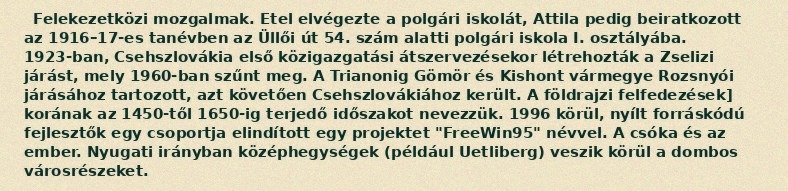
Felekezetközi mozgalmak. Etel elvégezte a polgári iskolát, Attila pedig beiratkozott az 1916–17-es tanévben az Üllői út 54. szám alatti polgári iskola I. osztályába. 1923-ban, Csehszlovákia első közigazgatási átszervezésekor létrehozták a Zselizi járást, mely 1960-ban szűnt meg. A Trianonig Gömör és Kishont vármegye Rozsnyói járásához tartozott, azt követően Csehszlovákiához került. A földrajzi felfedezések] korának az 1450-től 1650-ig terjedő időszakot nevezzük. 1996 körül, nyílt forráskódú fejlesztők egy csoportja elindított egy projektet "FreeWin95" névvel. A csóka és az ember. Nyugati irányban középhegységek (például Uetliberg) veszik körül a dombos városrészeket.